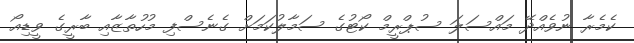
ކެމެރާ ނުވެއްދޭ މައްސަލަ ސުޕްރީމް ކޯޓުގެ ސަމާލުކަމަށް ގެނެސްފި މުހުތާޒާއި ބާރީގެ ވީޑިއޯ